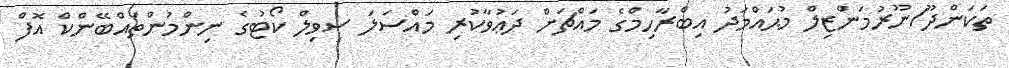
ތަކަންދޫ/ނޫރުމަންޒިލް މުޙައްމަދު އިބްރާހިމްގެ މައްޗަށް ދަޢުވާކުރި މައްސަލަ ސިވިލް ކޯޓުގެ ނިންމުންތައްބޭންކް އޮފް